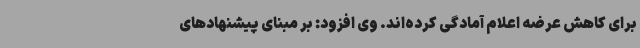
برای کاهش عرضه اعلام آمادگی کرده‌اند. وی افزود: بر مبنای پیشنهادهای